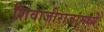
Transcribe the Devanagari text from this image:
शिवाजीराजांमध्ये